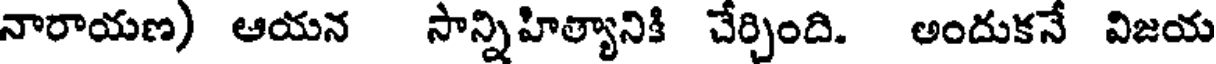
నారాయణ) ఆయన సాన్నిహిత్యానికి చేర్చింది. అందుకనే విజయ